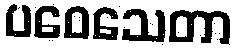
ပဝေသေတာ